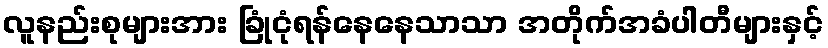
လူနည်းစုများအား ခြုံငုံရန်နေနေသာသာ အတိုက်အခံပါတီများနှင့်